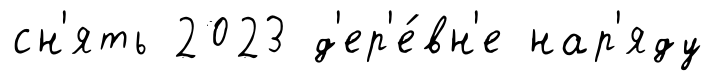
сн'ять 2023 д'ер'е́вн'е нар'яду